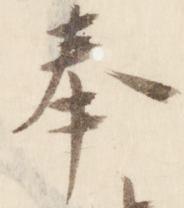
奉